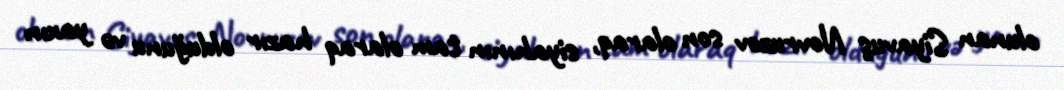
olunan Siyavuş Novruzov son olaraq, siyahının tam olaraq hazır olduğunu və yaxın